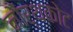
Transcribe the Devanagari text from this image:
नौर्थकोट